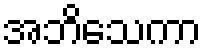
အဘိသေကာ